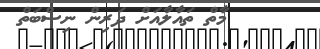
މާތް ތައާލާއަށް ދަރިން ނިސްބަތް